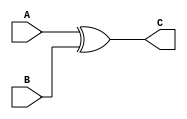
`timescale 1ns / 1ps
//////////////////////////////////////////////////////////////////////////////////
// Company: 
// Engineer: 
// 
// Design Name: 
// Module Name:    Xor_256_module 
// Project Name: 
// Target Devices: 
// Tool versions: 
// Description: 
//
// Dependencies: 
//
// Revision: 
// Revision 0.01 - File Created
// Additional Comments: 
//
//////////////////////////////////////////////////////////////////////////////////
module Xor_256_module(
	input wire  [255:0] A,
	input wire  [255:0] B,
	output wire [255:0] C
    );

	assign C = A^B;

endmodule